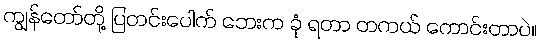
ကျွန်တော်တို့ ပြတင်းပေါက် ဘေးက ခုံ ရတာ တကယ် ကောင်းတာပဲ။